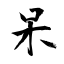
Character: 呆